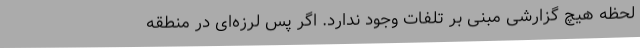
لحظه هیچ گزارشی مبنی بر تلفات وجود ندارد. اگر پس لرزه‌ای در منطقه